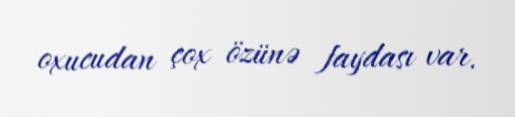
oxucudan çox özünə faydası var.